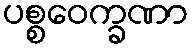
ပစ္စဝေက္ခဏာ